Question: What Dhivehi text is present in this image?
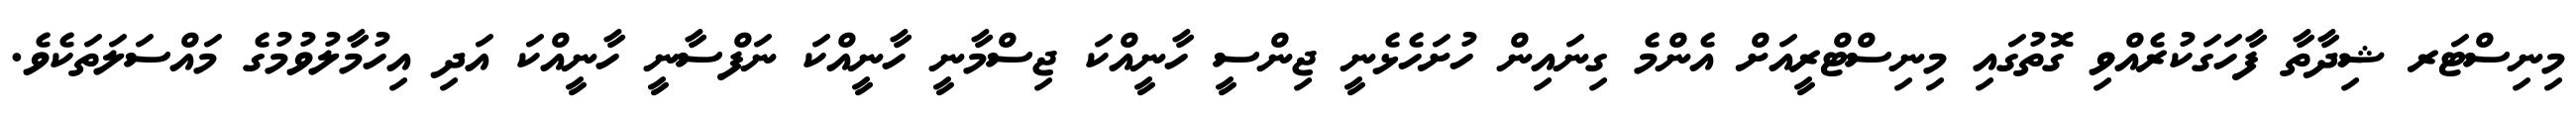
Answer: މިނިސްޓަރ ޝިދާތާ ފާހަގަކުރެއްވި ގޮތުގައި މިނިސްޓްރީއަށް އެންމެ ގިނައިން ހުށަހެޅެނީ ޖިންސީ ހާނީއްކަ ޖިސްމާނީ ހާނީއްކަ ނަފްސާނީ ހާނީއްކަ އަދި އިހުމާލުވުމުގެ މައްސަލަތަކެވެ.